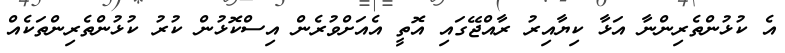
އެ ކުޅުންތެރިންނާ އަޅާ ކިޔާއިރު ރާއްޖޭގައި އޮތީ އެއަށްވުރެން އިސްކޮޅުން ކުރު ކުޅުންތެރިންތަކެއް